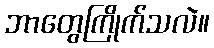
ဘာတွေကြိုက်သလဲ။